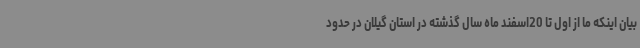
بیان اینکه ما از اول تا 20اسفند ماه سال گذشته در استان گیلان در حدود